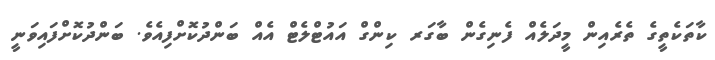
ކާތަކެތީގެ ތެރެއިން މީދަލެއް ފެނިގެން ބާގަރ ކިންގް އައުޓްލެޓް އެއް ބަންދުކޮށްފިއެވެ. ބަންދުކޮށްފައިވަނީ